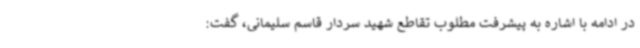
در ادامه با اشاره به پیشرفت مطلوب تقاطع شهید سردار قاسم سلیمانی، گفت: